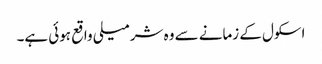
اسکول کے زمانے سے وہ شرمیلی واقع ہوئی ہے۔